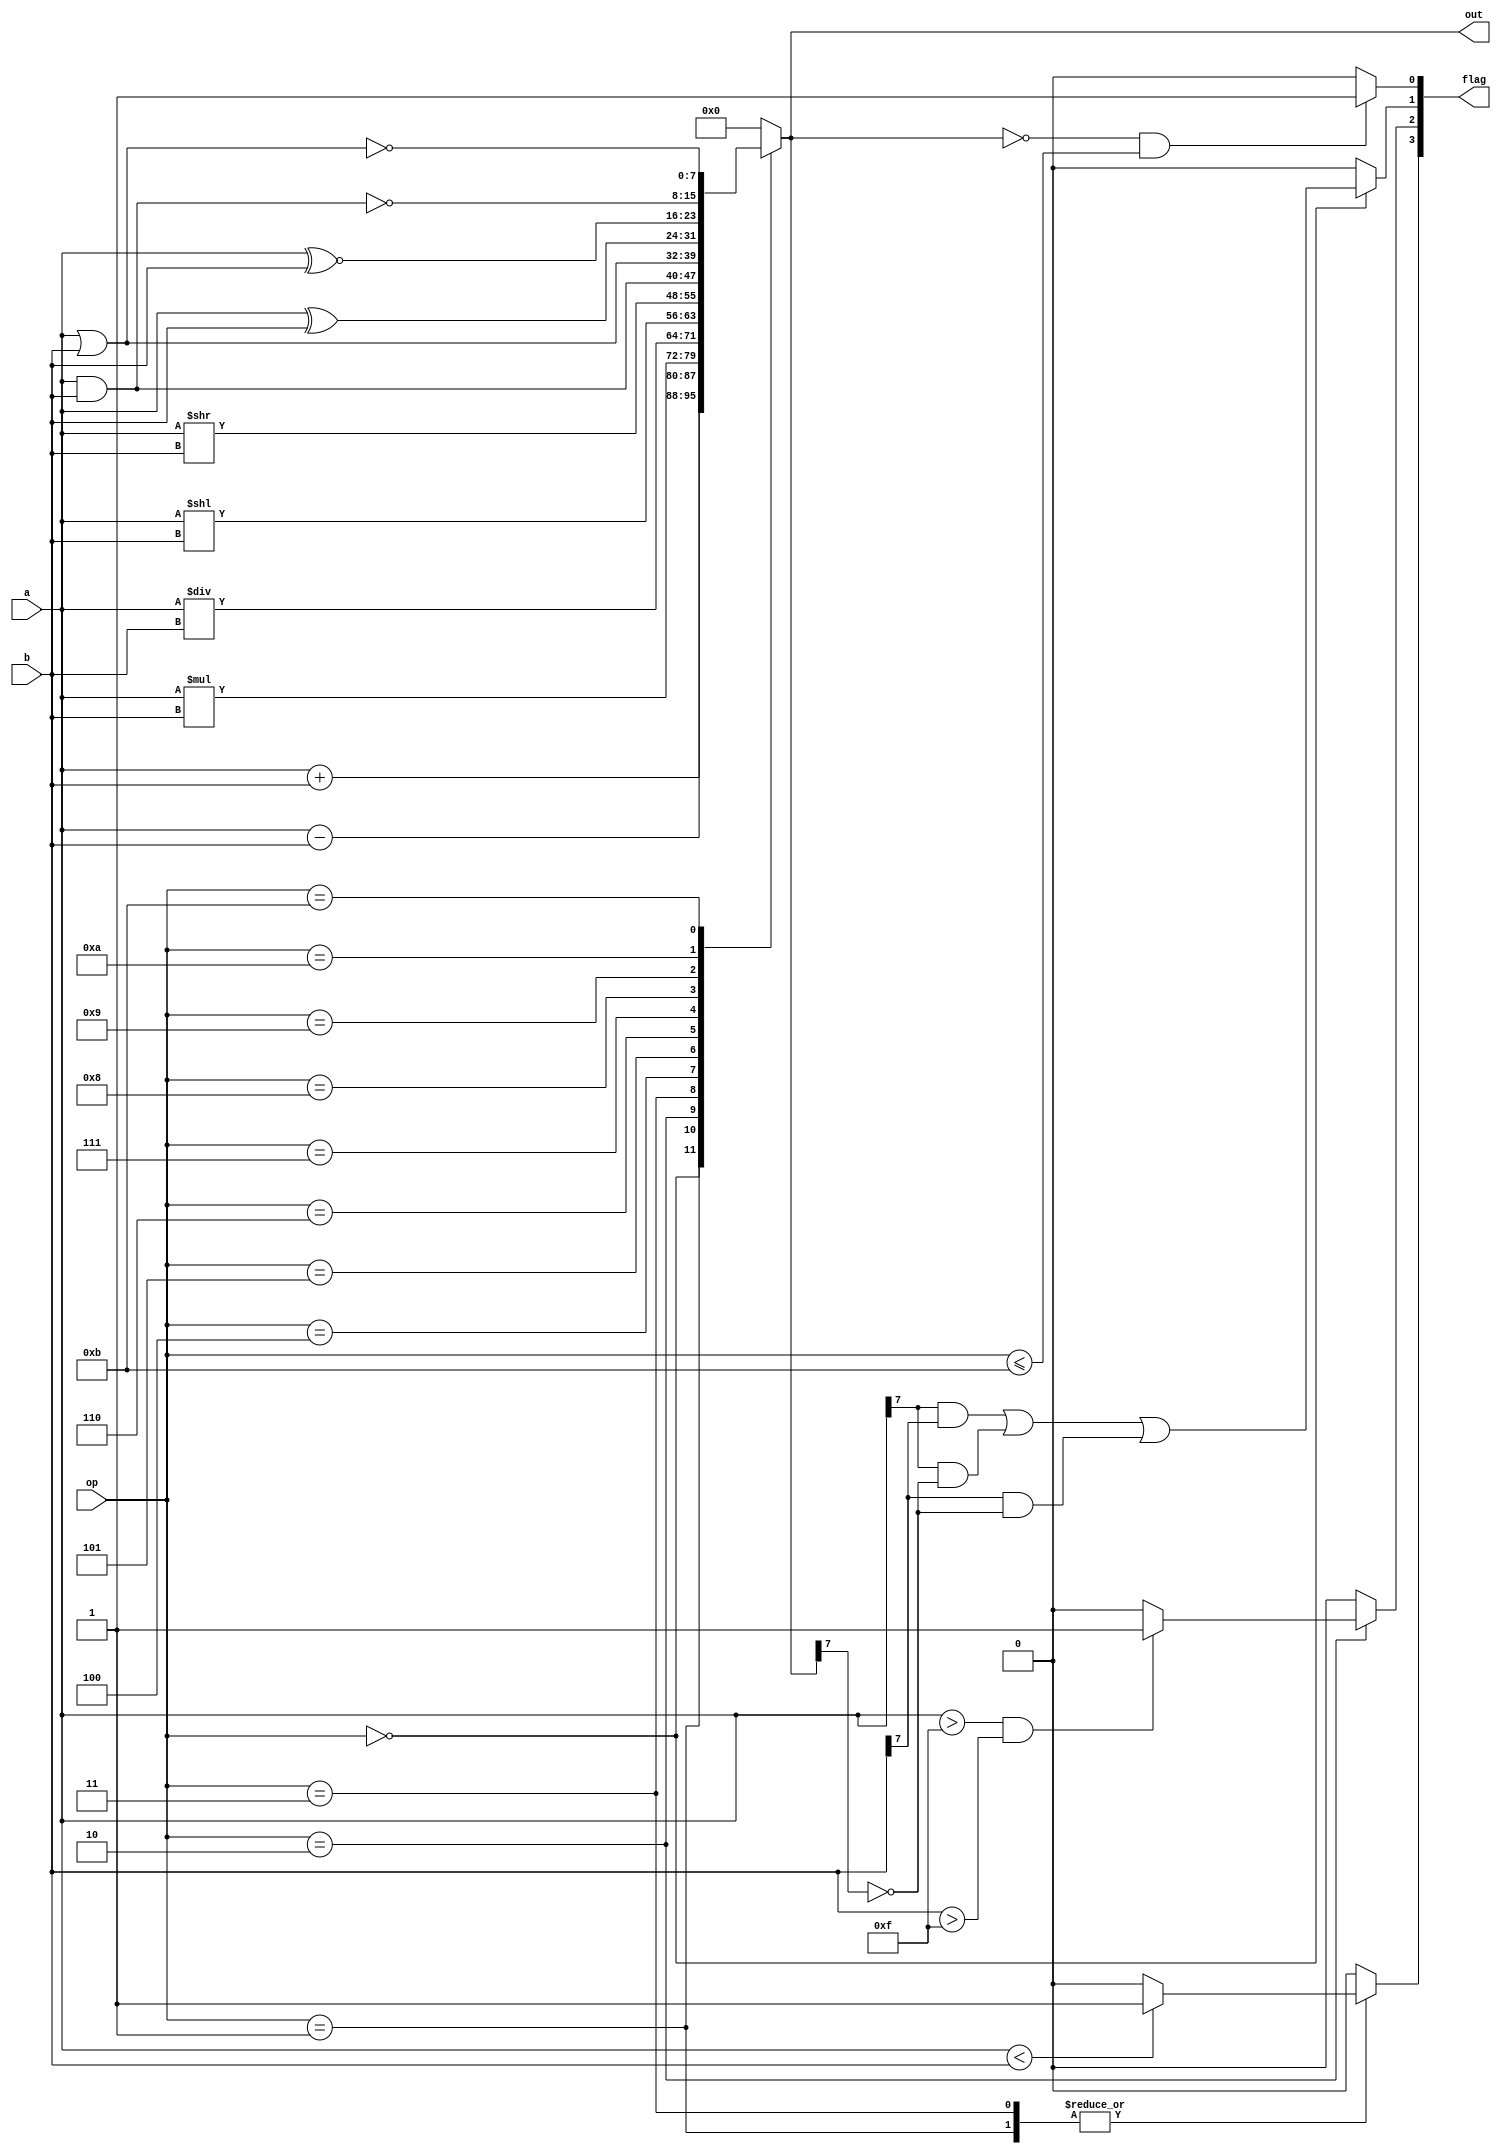
module alu(
    input  wire [7:0]  a,
    input wire [7:0]  b,
    input wire [3:0]  op,
    output reg [7:0]  out,
    output reg [3:0]  flag
);
	
    always @(*) begin   
      	flag<=0000;
        case(op)
            4'h0:begin
              out<=a+b;
              flag[1] <= (a[7] & b[7]) | (a[7] & ~out[7]) | (b[7] & ~out[7]);
            end
            4'h1: begin
              if(a<b)begin
                   flag[3]<=1;
                 end
                    out <= a-b;
              
             end
            4'h2: begin
                 if(a>8'hf && b>8'hf)begin
                   flag[2]<=1;  
                end
                out <= a*b;
            end
            4'h3: begin 
                 if(a<b) begin 
                   flag[3] <=1;
                 end
                 out <= a/b;
            end
            4'h4 : begin 
                out<= a<<b;
            end
            4'h5:begin 
                out<= a>>b;
            end

            4'h6:begin
                out<= a & b;
            end
            4'h7:begin 
                out<= a | b;
            end
            4'h8:begin 
                out<=a^b; 
            end
            4'h9:begin
                out<=a ~^ b;
            end
            4'ha:begin 
                out<= ~(a & b);
            end
            4'hb:begin 
                out<=~(a | b);
            end
            default: begin
                out<=8'h00;
                flag<=0000;
            end
        endcase
         if(out == 0 && op <= 4'hb) begin 
           flag[0] <=1;   
         end
    end

endmodule